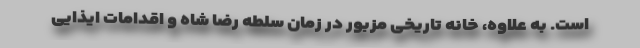
است. به علاوه، خانه تاریخی مزبور در زمان سلطه رضا شاه و اقدامات ایذایی